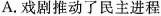
A.戏剧推动了民主进程